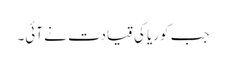
جب کوریا کی قیادت نے آئی۔